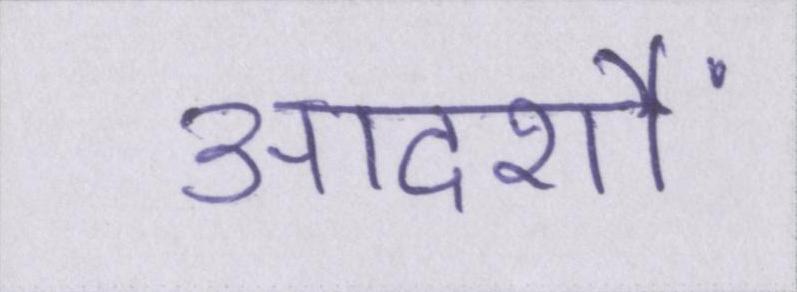
आदर्शों